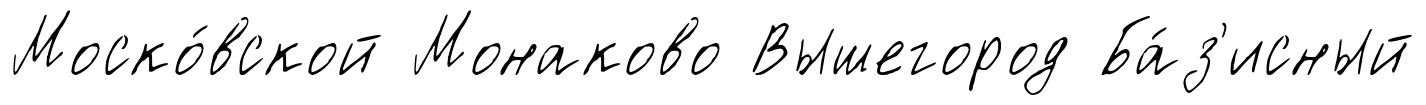
Моско́вской Монаково Вышегород Ба́з'исный